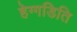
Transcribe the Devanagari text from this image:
हेग्गडिति